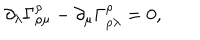
\partial _ { \lambda } \Gamma _ { \rho \mu } ^ { \rho } - \partial _ { \mu } \Gamma _ { \rho \lambda } ^ { \rho } = 0 ,